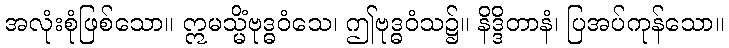
အလုံးစုံဖြစ်သော။ ဣမသ္မိံဗုဒ္ဓဝံသေ၊ ဤဗုဒ္ဓဝံသ၌။ နိဒ္ဒိတာနံ၊ ပြအပ်ကုန်သော။